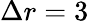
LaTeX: \Delta r=3